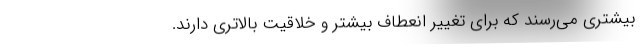
بیشتری می‌رسند که برای تغییر انعطاف بیشتر و خلاقیت بالاتری دارند.